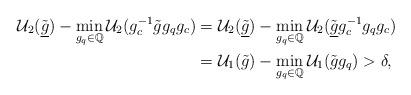
LaTeX: \begin{align*}\mathcal{U}_2(\underline{\tilde{g}}) - \min_{g_q\in \mathbb{Q}}\mathcal{U}_2(g_c^{-1}{\tilde{g}}g_q g_c)& =\mathcal{U}_2(\underline{\tilde{g}}) - \min_{g_q\in \mathbb{Q}}\mathcal{U}_2(\underline{\tilde{g}}g_c^{-1}g_q g_c) \\& = \mathcal{U}_{1}(\tilde{g}) - \min_{g_q\in \mathbb{Q}}\mathcal{U}_{1}(\tilde{g}g_q)> \delta,\end{align*}